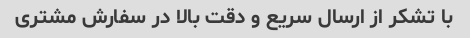
با تشکر از ارسال سریع و دقت بالا در سفارش مشتری